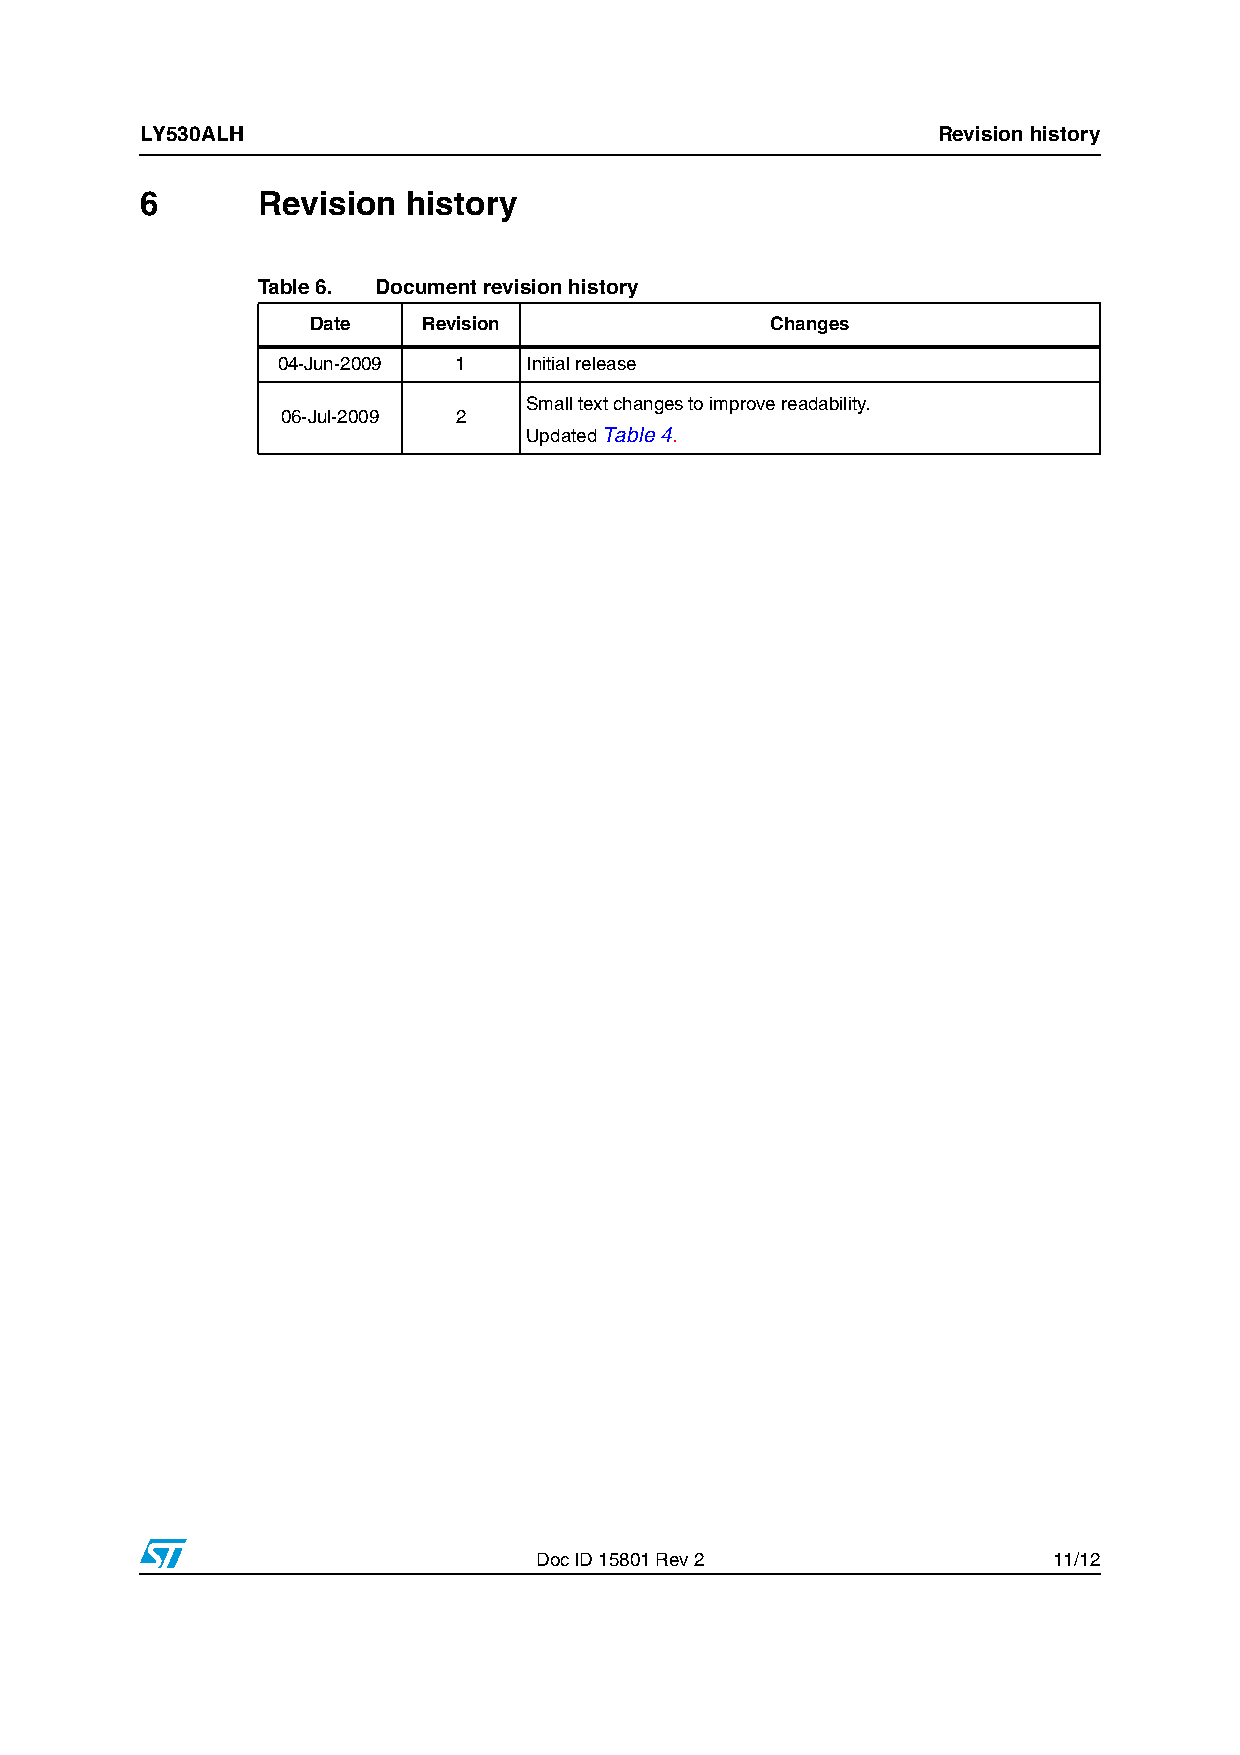
LY530ALH                                             Revision history
 6       Revision  history
 T able 6. Document revision history
 Date    Revision               Changes
 04-Jun-2009 1    Initial release
 Small text changes to improve readability.
 06-Jul-2009 2
 Updated Table4.
 Doc ID 15801 Rev 2                 11/12